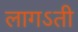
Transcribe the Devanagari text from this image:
लागऽती